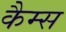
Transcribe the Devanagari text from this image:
कैम्स